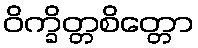
ဝိက္ခိတ္တစိတ္တော